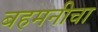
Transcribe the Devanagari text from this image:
बहमनीचा